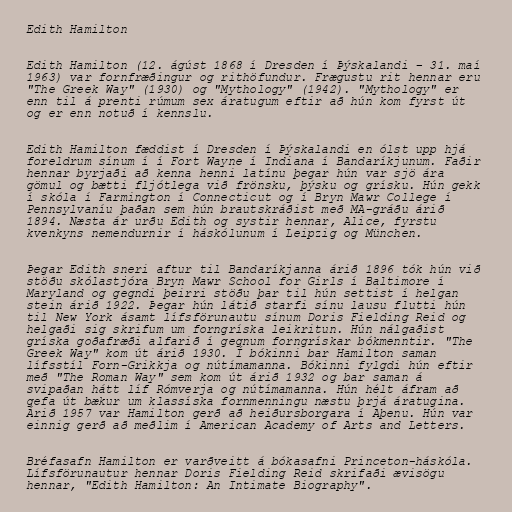
Edith Hamilton

Edith Hamilton (12. ágúst 1868 í Dresden í Þýskalandi – 31. maí
1963) var fornfræðingur og rithöfundur. Frægustu rit hennar eru
"The Greek Way" (1930) og "Mythology" (1942). "Mythology" er
enn til á prenti rúmum sex áratugum eftir að hún kom fyrst út
og er enn notuð í kennslu.

Edith Hamilton fæddist í Dresden í Þýskalandi en ólst upp hjá
foreldrum sínum í í Fort Wayne í Indiana í Bandaríkjunum. Faðir
hennar byrjaði að kenna henni latínu þegar hún var sjö ára
gömul og bætti fljótlega við frönsku, þýsku og grísku. Hún gekk
í skóla í Farmington í Connecticut og í Bryn Mawr College í
Pennsylvaníu þaðan sem hún brautskráðist með MA-gráðu árið
1894. Næsta ár urðu Edith og systir hennar, Alice, fyrstu
kvenkyns nemendurnir í háskólunum í Leipzig og München.

Þegar Edith sneri aftur til Bandaríkjanna árið 1896 tók hún við
stöðu skólastjóra Bryn Mawr School for Girls í Baltimore í
Maryland og gegndi þeirri stöðu þar til hún settist í helgan
stein árið 1922. Þegar hún látið starfi sínu lausu flutti hún
til New York ásamt lífsförunautu sínum Doris Fielding Reid og
helgaði sig skrifum um forngríska leikritun. Hún nálgaðist
gríska goðafræði alfarið í gegnum forngrískar bókmenntir. "The
Greek Way" kom út árið 1930. Í bókinni bar Hamilton saman
lífsstíl Forn-Grikkja og nútímamanna. Bókinni fylgdi hún eftir
með "The Roman Way" sem kom út árið 1932 og bar saman á
svipaðan hátt líf Rómverja og nútímamanna. Hún hélt áfram að
gefa út bækur um klassíska fornmenningu næstu þrjá áratugina.
Árið 1957 var Hamilton gerð að heiðursborgara í Aþenu. Hún var
einnig gerð að meðlim í American Academy of Arts and Letters.

Bréfasafn Hamilton er varðveitt á bókasafni Princeton-háskóla.
Lífsförunautur hennar Doris Fielding Reid skrifaði ævisögu
hennar, "Edith Hamilton: An Intimate Biography".